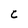
Character: C